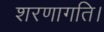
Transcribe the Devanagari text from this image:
शरणागति।